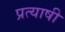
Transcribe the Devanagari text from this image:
प्रत्याषी